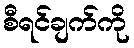
စီရင်ချက်ကို